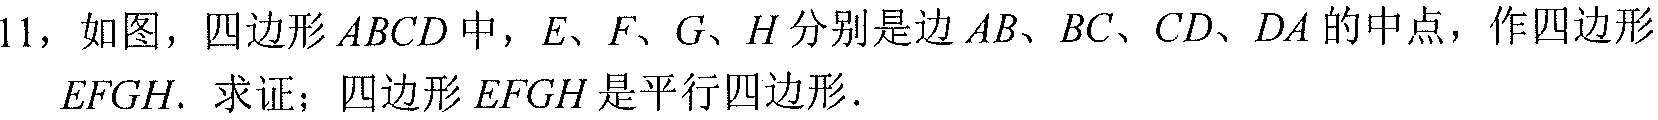
11，如图，四边形$ABCD$中，$E、F、G、H$分别是边$AB、BC、CD、DA$的中点，作四边形$EFGH.$ 求证；四边形$EFGH$是平行四边形．